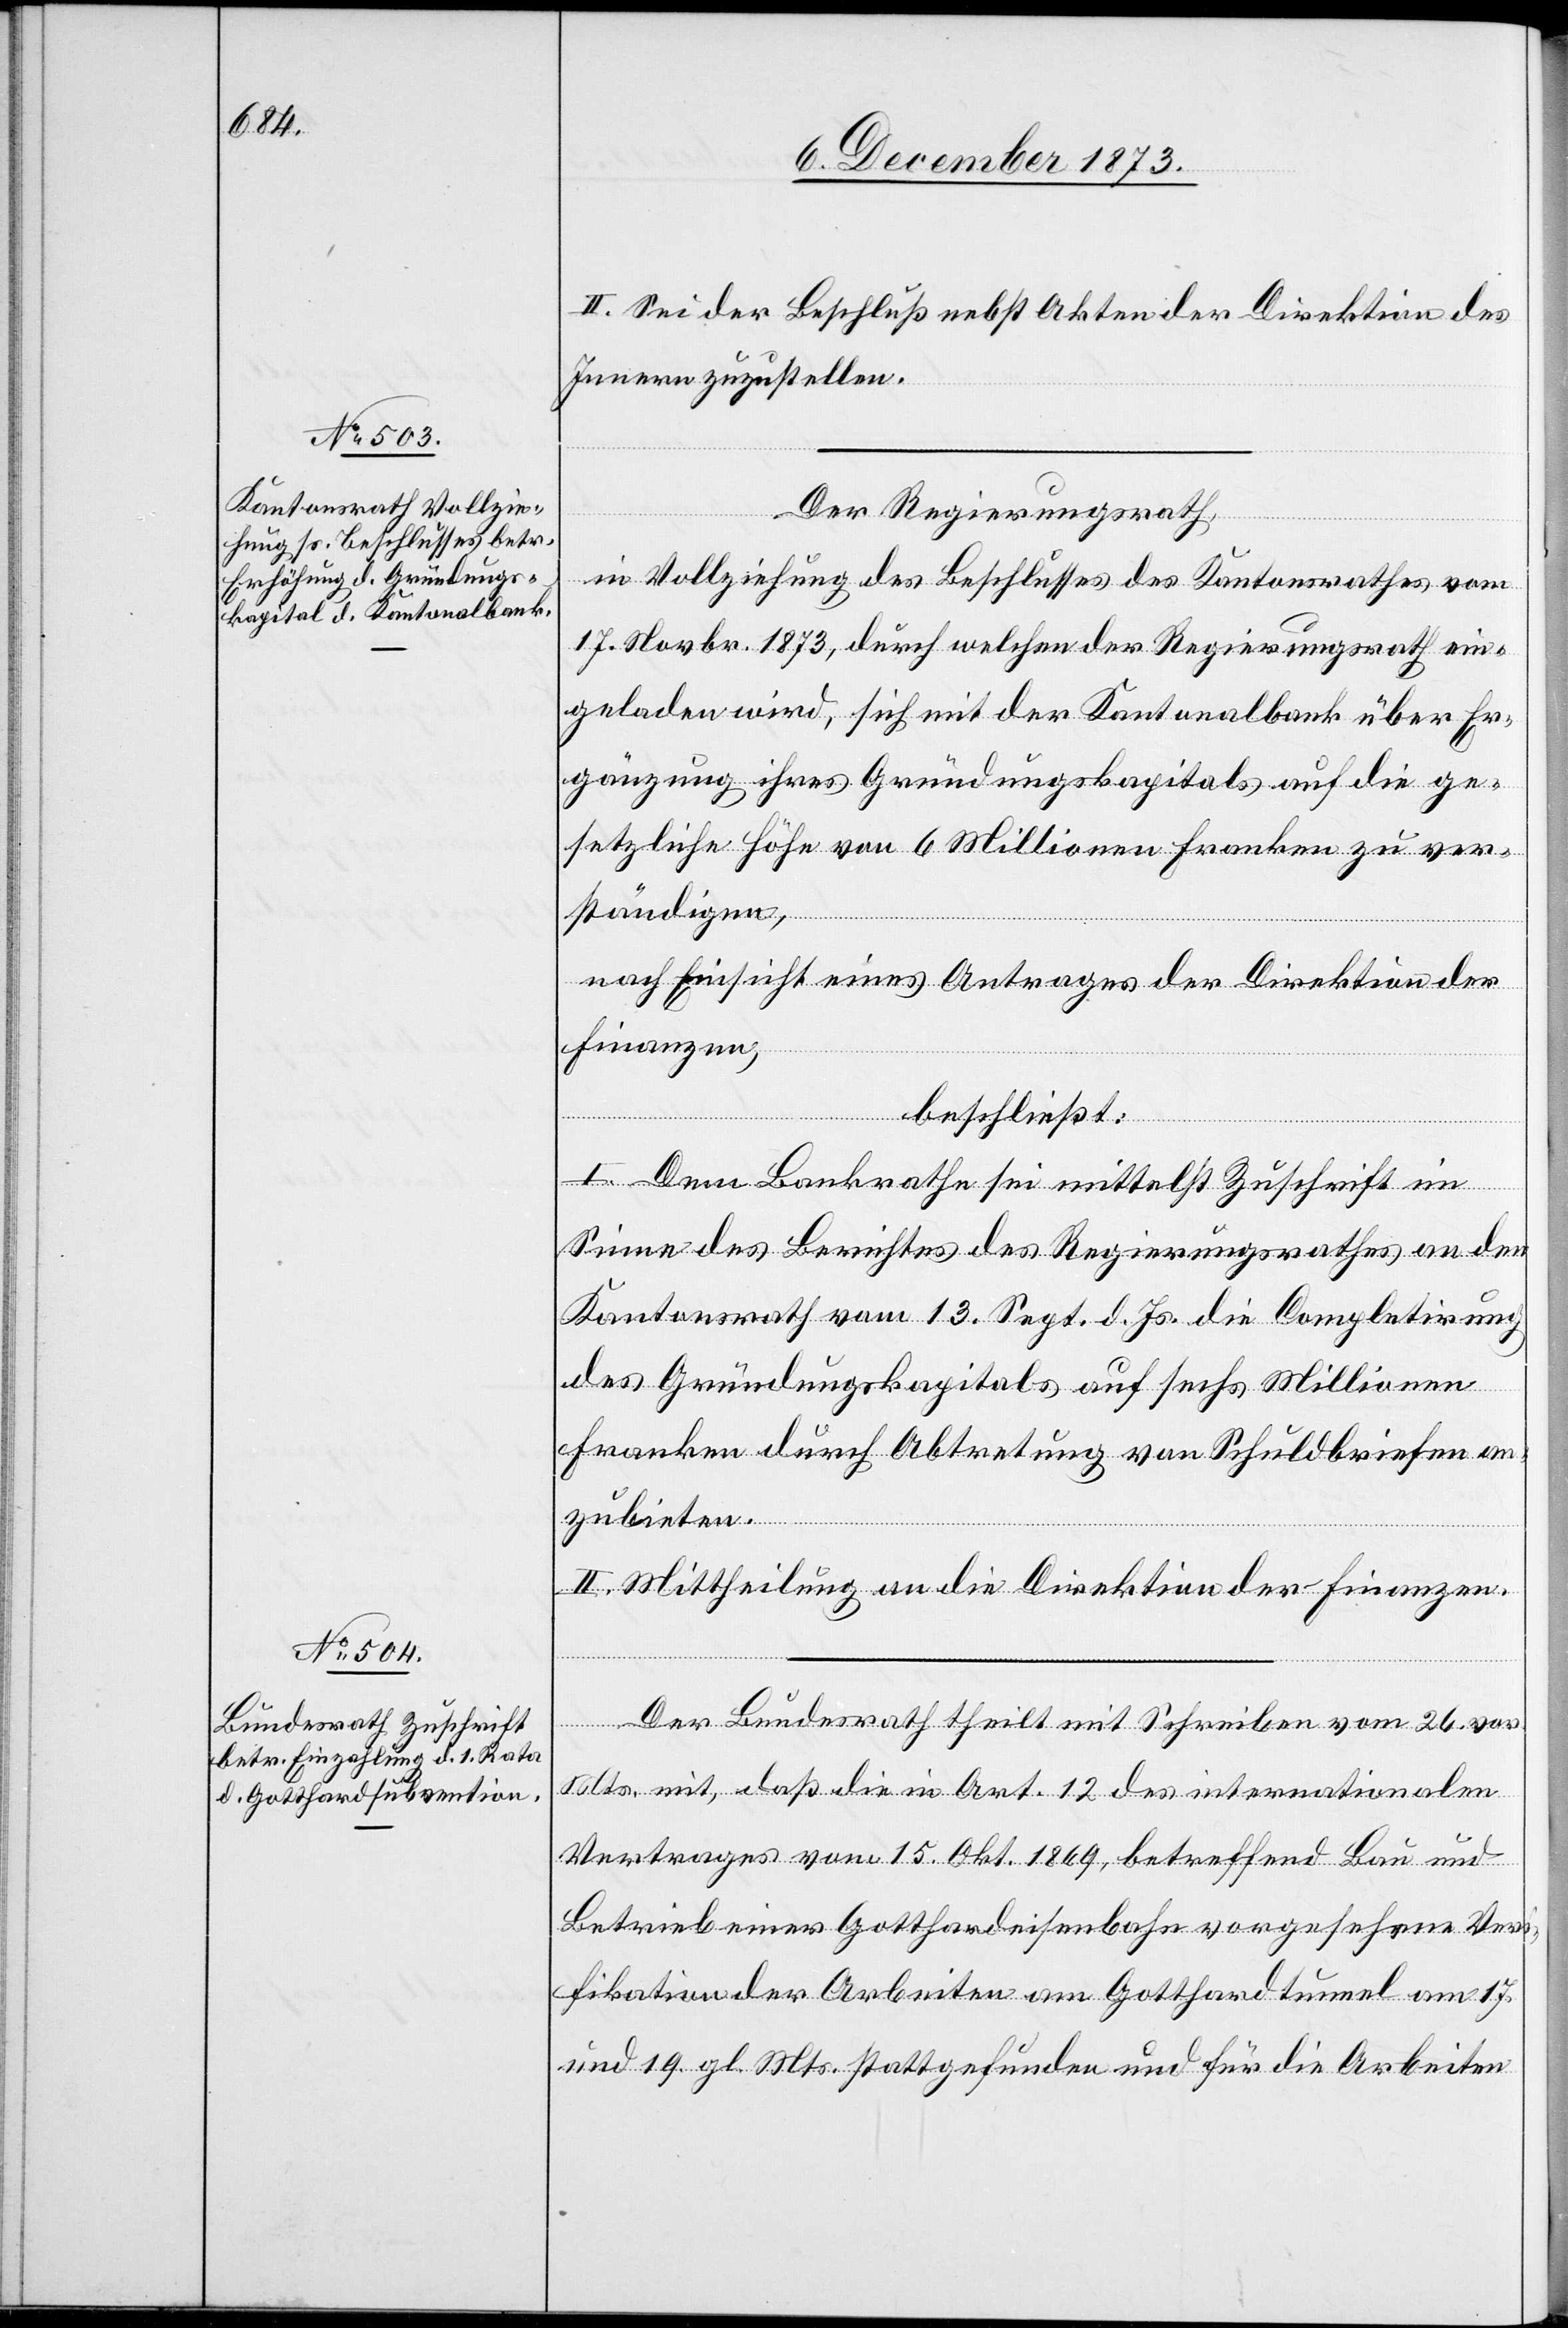
II. Sei der Beschluß nebst Akten der Direktion des
Innern zuzustellen.
Der Regierungsrath,
in Vollziehung des Beschlusses des Kantonsrathes vom
17. Novbr. 1873, durch welchen der Regierungsrath ein¬
geladen wird, sich mit der Kantonalbank über Er¬
gänzung ihres Gründungskapitals auf die ge¬
setzliche Höhe von 6 Millionen Franken zu ver¬
ständigen,
nach Einsicht eines Antrages der Direktion der
Finanzen,
beschließt:
I. Dem Bankrathe sei mittelst Zuschrift im
Sinne des Berichtes des Regierungsrathes an den
Kantonsrath vom 13. Sept. d. Js. die Completirung
des Gründungskapitals auf sechs Millionen
Franken durch Abtretung von Schuldbriefen an¬
zubieten.
II. Mittheilung an die Direktion der Finanzen.
Der Bundesrath theilt mit Schreiben vom 26. vor.
Mts. mit, daß die in Art. 12 des internationalen
Vertrages vom 15. Okt. 1869, betreffend Bau und
Betrieb einer Gotthardeisenbahn vorgesehene Ver¬
ifikation der Arbeiten am Gotthardtunnel am 17.
und 19. gl. Mts. stattgefunden und für die Arbeiten